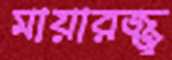
মায়ারজ্জু